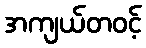
အကျယ်တဝင့်